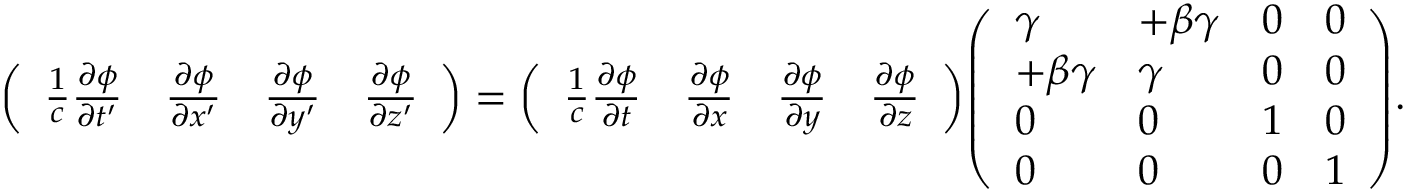
{ \left( \begin{array} { l l l l } { { \frac { 1 } { c } } { \frac { \partial \phi } { \partial t ^ { \prime } } } } & { { \frac { \partial \phi } { \partial x ^ { \prime } } } } & { { \frac { \partial \phi } { \partial y ^ { \prime } } } } & { { \frac { \partial \phi } { \partial z ^ { \prime } } } } \end{array} \right) } = { \left( \begin{array} { l l l l } { { \frac { 1 } { c } } { \frac { \partial \phi } { \partial t } } } & { { \frac { \partial \phi } { \partial x } } } & { { \frac { \partial \phi } { \partial y } } } & { { \frac { \partial \phi } { \partial z } } } \end{array} \right) } { \left( \begin{array} { l l l l } { \gamma } & { + \beta \gamma } & { 0 } & { 0 } \\ { + \beta \gamma } & { \gamma } & { 0 } & { 0 } \\ { 0 } & { 0 } & { 1 } & { 0 } \\ { 0 } & { 0 } & { 0 } & { 1 } \end{array} \right) } .